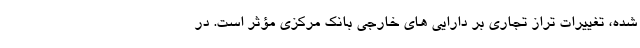
شده، تغییرات تراز تجاری بر دارایی های خارجی بانک مرکزی مؤثر است. در